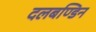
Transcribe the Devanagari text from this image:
दलबण्डिन